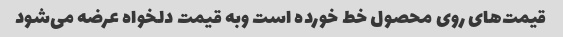
قیمت‌های روی محصول خط خورده است وبه قیمت دلخواه عرضه می‌شود